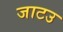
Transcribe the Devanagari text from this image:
जाटउ